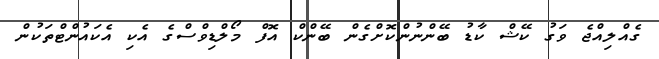
ގެއްލިއްޖެ ވަގު ކޭޝް ކާޑު ބޭންނުންކޮށްގެން ބޭންކް އޮފް މޯލްޑިވްސްގެ އެކި އެކައުންޓްތަކުން